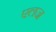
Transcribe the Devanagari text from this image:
एलज